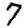
Digit: 7